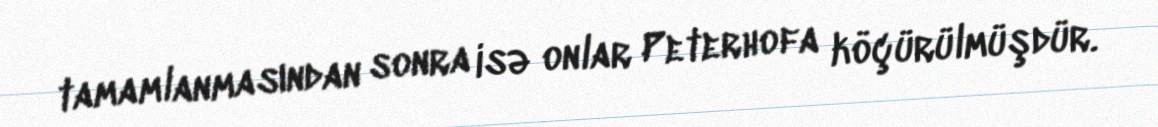
tamamlanmasından sonra isə onlar Peterhofa köçürülmüşdür.